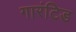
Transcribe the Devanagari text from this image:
गारंटिड